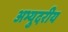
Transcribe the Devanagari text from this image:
अभ्युदरीय